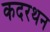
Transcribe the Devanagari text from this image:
कदरथन